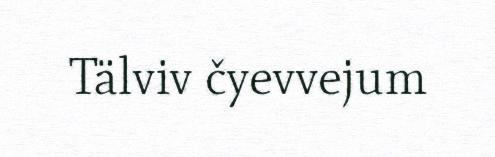
Tälviv čyevvejum